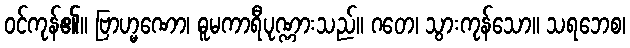
ဝင်ကုန်၏။ ဗြာဟ္မဏော၊ ဓူမကာရီပုဏ္ဏားသည်။ ဂတေ၊ သွားကုန်သော။ သရဘေစ၊